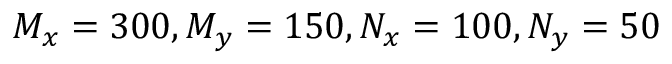
M _ { x } = 3 0 0 , M _ { y } = 1 5 0 , N _ { x } = 1 0 0 , N _ { y } = 5 0